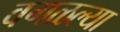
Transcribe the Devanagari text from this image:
वगळल्या